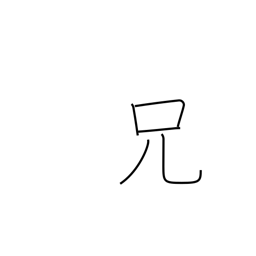
Meaning: elder brother